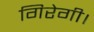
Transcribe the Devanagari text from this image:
गिरेगी।